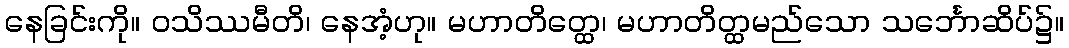
နေခြင်းကို။ ဝသိဿမီတိ၊ နေအံ့ဟု။ မဟာတိတ္ထေ၊ မဟာတိတ္ထမည်သော သင်္ဘောဆိပ်၌။